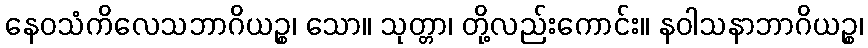
နေဝသံကိလေသဘာဂိယဉ္စ၊ သော။ သုတ္တာ၊ တို့လည်းကောင်း။ နဝါသနာဘာဂိယဉ္စ၊